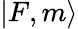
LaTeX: |F,m\rangle